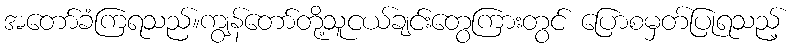
အတော်ခံကြရသည်။ကျွန်တော်တို့သူငယ်ချင်းတွေကြားတွင် ပြောစမှတ်ပြုရသည့်